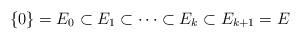
LaTeX: \begin{align*} \{0\}=E_0\subset E_1\subset \cdots \subset E_k\subset E_{k+1}=E \end{align*}